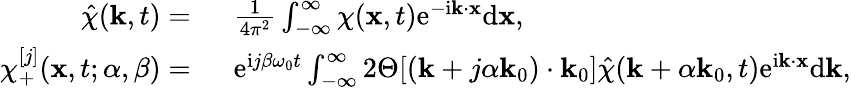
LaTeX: \begin{array}{rl}{\hat{\chi}(\mathbf{k},t)=~}&{\frac{1}{4\pi^{2}}\int_{-\infty}^{\infty}\chi(\mathbf{x},t)\mathrm{e}^{-\mathrm{i}\mathbf{k}\cdot\mathbf{x}}\mathrm{d}\mathbf{x},}\\ {\chi_{+}^{[j]}(\mathbf{x},t;\alpha,\beta)=~}&{\mathrm{e}^{\mathrm{i}j\beta\omega_{0}t}\int_{-\infty}^{\infty}2\Theta[(\mathbf{k}+j\alpha\mathbf{k}_{0})\cdot\mathbf{k}_{0}]\hat{\chi}(\mathbf{k}+\alpha\mathbf{k}_{0},t)\mathrm{e}^{\mathrm{i}\mathbf{k}\cdot\mathbf{x}}\mathrm{d}\mathbf{k},}\end{array}